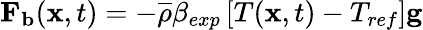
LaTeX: \mathbf{F_{b}}(\mathbf{x},t)=-\overline{{\rho}}\beta_{exp}\left[T(\mathbf{x},t)-T_{ref}\right]\mathbf{g}